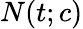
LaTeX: N(t;c)